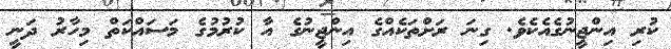
ކުރި އިންޖީނުގެއެކެވެ. ގިނަ ރަށްތަކެއްގެ އިންޖީނުގެ އާ ކުރުމުގެ މަސައްކަތް މިހާރު ދަނީ